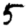
Digit: 5